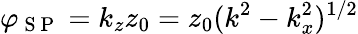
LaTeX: \varphi_{\mathrm{~S~P~}}=k_{z}z_{0}=z_{0}(k^{2}-k_{x}^{2})^{1/2}